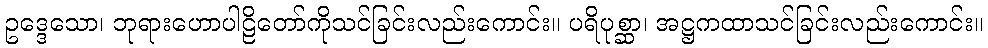
ဥဒ္ဒေသော၊ ဘုရားဟောပါဠိတော်ကိုသင်ခြင်းလည်းကောင်း။ ပရိပုစ္ဆာ၊ အဋ္ဌကထာသင်ခြင်းလည်းကောင်း။